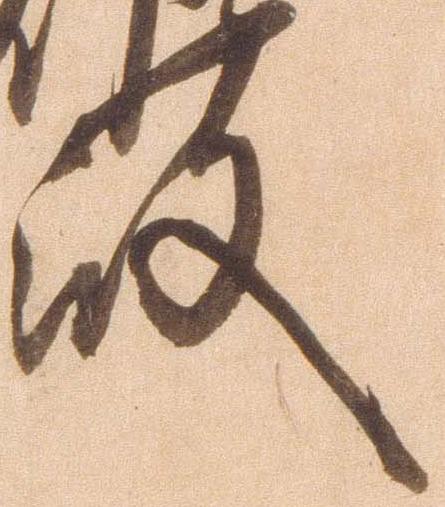
殿